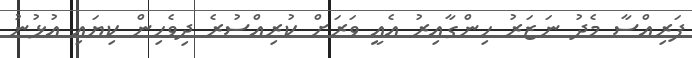
ފަރިއްސާ މެދު ނަޒަރު ހިންގާއިރު އެއީ ވަރަށް ކުރިއްސުރެ ދިވެހިން ކިޔައި އުޅުނު